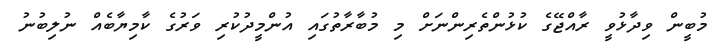
މުބީން ވިދާޅުވީ ރާއްޖޭގެ ކުޅުންތެރިންނަށް މި މުބާރާތުގައި އުންމީދުކުރި ވަރުގެ ކާމިޔާބެއް ނުލިބުނު